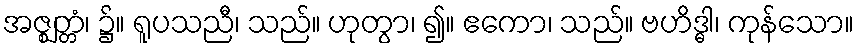
အဇ္ဈတ္တံ၊ ၌။ ရူပသညီ၊ သည်။ ဟုတွာ၊ ၍။ ဧကော၊ သည်။ ဗဟိဒ္ဓါ၊ ကုန်သော။